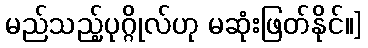
မည်သည့်ပုဂ္ဂိုလ်ဟု မဆုံးဖြတ်နိုင်။]